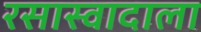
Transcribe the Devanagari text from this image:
रसास्वादाला